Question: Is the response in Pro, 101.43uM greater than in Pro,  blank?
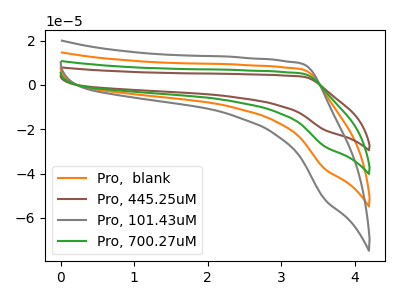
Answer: <think>The orange curve "Pro,  blank" has no peaks. The brown curve "Pro, 445.25uM" has no peaks. The gray curve "Pro, 101.43uM" has no peaks. The green curve "Pro, 700.27uM" has no peaks.
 Neither "Pro, 101.43uM" or "Pro,  blank" have any peaks.</think>
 <answer>I cant tell if "Pro, 101.43uM" or "Pro,  blank" has more signal.</answer>
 <eval>mixed_signal</eval>